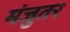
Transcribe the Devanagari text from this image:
मंजुतर